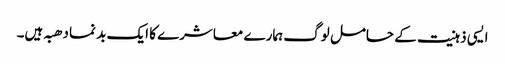
ایسی ذہنیت کے حامل لوگ ہمارے معاشرے کا ایک بد نما دھبہ ہیں۔